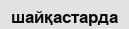
шайқастарда